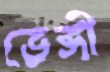
ভেঙ্গী